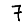
Digit: 7